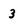
Character: 3